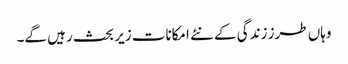
وہاں طرز زندگی کے نئے امکانات زیر بحث رہیں گے۔